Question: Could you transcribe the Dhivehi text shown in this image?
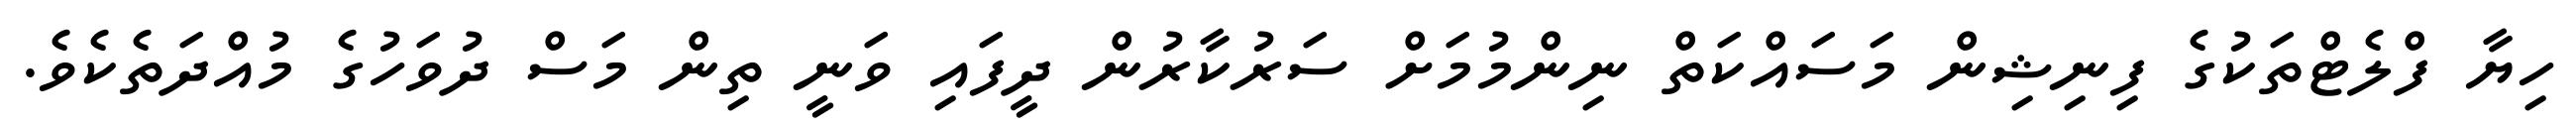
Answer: ހިޔާ ފްލެޓްތަކުގެ ފިނިޝިން މަސައްކަތް ނިންމުމަށް ސަރުކާރުން ދީފައި ވަނީ ތިން މަސް ދުވަހުގެ މުއްދަތެކެވެ.